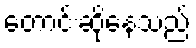
တောင်းဆိုနေသည်